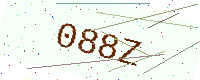
Text: 088Z